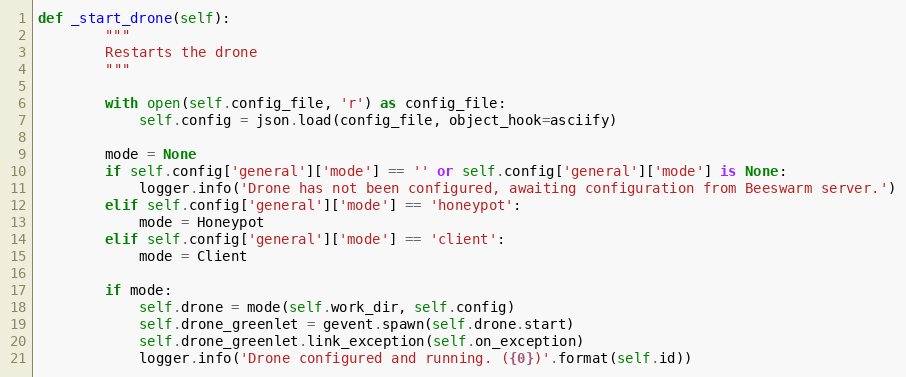
Language: Python
def _start_drone(self):
        """
        Restarts the drone
        """

        with open(self.config_file, 'r') as config_file:
            self.config = json.load(config_file, object_hook=asciify)

        mode = None
        if self.config['general']['mode'] == '' or self.config['general']['mode'] is None:
            logger.info('Drone has not been configured, awaiting configuration from Beeswarm server.')
        elif self.config['general']['mode'] == 'honeypot':
            mode = Honeypot
        elif self.config['general']['mode'] == 'client':
            mode = Client

        if mode:
            self.drone = mode(self.work_dir, self.config)
            self.drone_greenlet = gevent.spawn(self.drone.start)
            self.drone_greenlet.link_exception(self.on_exception)
            logger.info('Drone configured and running. ({0})'.format(self.id))